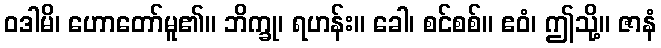
ဝဒါမိ၊ ဟောတော်မူ၏။ ဘိက္ခု၊ ရဟန်း။ ခေါ၊ စင်စစ်။ ဧဝံ၊ ဤသို့။ ဇာနံ